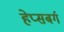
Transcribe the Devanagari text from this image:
हेप्सबर्ग